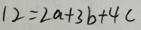
1 2 = 2 a + 3 b + 4 c